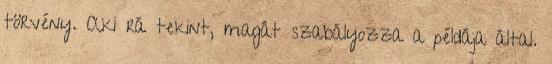
törvény. Aki rá tekint, magát szabályozza a példája által.